Lunatic asylums Bombay report 1878-1890 - 1878-1890
Year: 1878
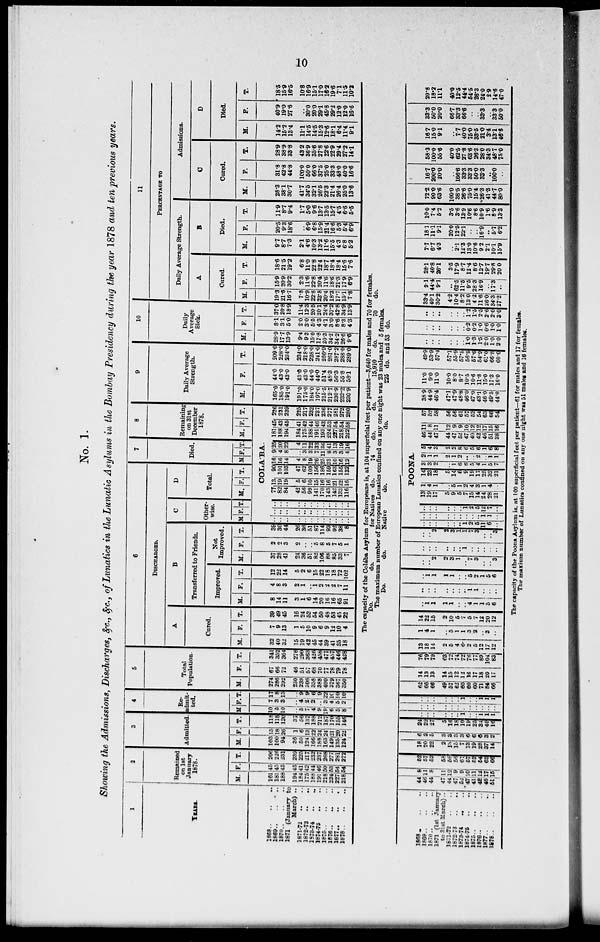
10
No. 1.
Showing the Admissions, Discharges, &c., &c., of Lunatics in the Lunatic Asylums in the Bombay Presidency during the year 1878 and ten previous years.
1
YEARS.
1868 .. .. ..
1869 .. .. ..
1870
..
..
..
1871 (January to
March) ..
1871-72 .. ..
1872-73 .. ..
1873-74 .. ..
1874-75 .. ..
1875
..
..
..
1876
..
..
..
1877 .. .. ..
1878
..
..
..
2
Remained
on 1st
January
1878.
M.
161
181
188
194
184
175
188
191
218
224
227
218
F.
45
45
43
45
41
42
44
46
50
53
54
54
T.
206
226
231
239
225
217
232
237
268
277
281
272
3
Admitted.
M.
103
100
94
36
50
124
166
188
163
149
135
124
F.
15
18
26
1
6
13
22
24
24
21
20
22
T.
118
118
120
37
56
137
187
212
187
170
155
146
4
Re-
admit-
ted.
M.
10
5
10
..
5
7
4
9
19
6
5
8
F.
7
3
3
..
4
2
2
..
3
4
5
2
T.
17
8
13
..
9
9
6
9
22
10
10
10
5
Total
Population.
M.
274
286
292
230
239
306
358
388
400
379
367
350
F.
67
66
72
46
51
57
68
70
77
78
79
78
T.
341
352
364
276
290
363
426
458
477
457
446
428
6
DISCHARGED.
A
Cured.
M.
32
40
32
15
19
42
45
44
39
41
35
18
F.
7
9
13
1
5
10
9
6
9
12
10
4
T.
39
49
45
16
24
52
54
50
48
53
45
22
B
Transferred to Friends.
Improved.
M.
8
14
11
3
1
6
14
20
16
16
65
91
F.
4
8
3
2
1
..
1
2
2
2
7
11
T.
12
22
14
5
2
6
15
22
18
18
72
102
Not
Improved.
M.
37
28
41
24
36
51
82
106
88
85
33
7
F.
2
2
3
2
..
..
5
8
5
7
5
1
T.
39
30
44
26
36
51
87
114
93
92
38
8
C
Other-
wise.
M F. T.
D
Total.
M. F T.
7
Died.
M F. T.
8
Remaining
on 31st
December
1878.
M. F. T.
COLA'BA.
..
..
..
..
..
..
..
..
..
..
..
..
..
..
..
..
..
..
..
..
..
..
..
..
..
..
..
..
..
..
..
..
..
..
..
..
71
82
84
42
56
99
141
170
143
142
133
116
13
19
19
5
6
10
15
16
16
21
22
16
90
101
103
47
62
109
156
186
159
163
155
132
16
16
14
4
8
19
26
25
33
10
16
12
9
4
8
..
3
3
7
11
8
3
3
4
25
20
22
4
11
22
33
36
41
13
19
16
181
188
194
184
175
188
191
193
224
227
218
222
45
43
45
41
42
44
46
43
53
54
54
58
226
231
239
225
217
232
237
236
277
281
272
280
9
Daily Average
Strength.
M.
165.0
185.0
191.0
191.0
175.0
184.0
197.0
215.5
212.7
230.9
232.2
230.9
F.
44.0
43.0
43.0
43.0
43.0
44.0
44.0
51.4
48.3
56.3
55.8
58.1
T.
209.0
228.0
234.0
234.0
218.0
228.0
241.0
266.9
261.0
287.2
288.0
289.0
10
Daily
Average
Sick.
M.
28.9
17.7
13.9
9.4
9.3
15.0
17.8
20.3
34.2
34.2
26.6
9.6
F.
8.1
3.1
5.0
2.0
3.0
5.5
4.3
4.1
3.0
8.6
8.3
4.3
T.
37.0
20.8
18.9
11.4
12.3
20.5
20.1
24.4
37.2
42.8
34.9
13.9
11
PERCENTAGE TO
Daily Average Strength.
A
Cured.
M.
19.3
21.6
16.7
7.8
10.9
22.8
22.8
20.4
18.3
17.7
15.1
7.8
F.
15.9
20.9
30.2
2.3
11.6
22.8
20.4
11.6
18.6
21.3
17.9
6.9
T.
18.6
21.5
19.2
6.8
11.0
22.8
22.4
18.7
18.4
18.4
15.6
7.6
B
Died.
M.
9.7
8.7
7.3
2.1
4.6
10.3
13.2
11.6
15.5
4.3
6.8
5.2
F.
20.5
9.3
18.6
..
6.9
6.8
15.9
21.4
16.6
5.3
5.4
6.9
T.
11.9
8.7
9.4
1.7
5.0
9.6
13.7
13.5
15.7
4.5
6.6
5.5
Admissions.
C
Cured.
M.
28.3
38.1
30.7
41.7
34.5
32.1
26.5
22.3
21.4
26.4
25.0
13.6
F.
31.8
42.8
44.8
100.0
50.0
66.0
37.5
25.0
33.3
48.0
40.0
16.6
T.
28.9
38.9
33.8
43.2
36.9
35.6
27.8
22.6
22.9
29.4
27.2
14.1
D
Died.
M.
14.2
15.2
13.4
11.1
14.5
14.5
15.3
12.6
18.1
6.4
11.4
9.1
F.
40.9
19.0
27.6
..
30.0
20.0
29.1
45.8
29.2
12.0
12.0
16.6
T.
18.5
15.9
16.5
10.8
16.9
15.1
17.0
16.2
19.6
7.1
11.5
10.2
The capacity of the Colába Asylum for Europeans is, at 104 superficial feet per patient—3,640 for males and 70 for females.
Do.
do.
for Natives do.
74
do.
do.
15,910
do.
70
do.
The maximum number of European Lunatics confined on any one night was 23 males and 5 females.
Do.
do.
Native
do.
do.
225 do. and 53 do.
1868 .. .. ..
1869
..
..
..
1870 .. .. ..
1871 (1st January
to 31st March) ..
1871-72 .. ..
1872 73 .. ..
1873-74 .. ..
1874-75 .. ..
1875
..
..
..
1876 .. .. ..
1877
..
..
..
1878 .. .. ..
44
46
44
47
44
47
52 47
41
42
46
51
8
11
8
11
12
9
9
10
11
12
17
15
52
57
52
58
56
56
61
57
52
54
63
66
18
20
22
2
18
15
7
13
19
28
37
14
6
2
5
3
3
3
3
6
6 6
3
2
24
22
27
5
16
18
10
19
25
34
40 16
..
..
..
..
..
..
1
..
..
1
1
1
..
..
..
..
..
..
..
..
..
..
..
..
..
..
..
..
..
..
1
..
..
1
1
1
62
66
66
49
57
62
60
60
60
71
84
66
14
13
13
14
15
12
12
16
17
18
20
17
76
79
79
63
72
74
72
76
77
89
104
83
13
18
14
2
5
4
6
2
5
12
17
12
1
4
1
..
5
1
1
3
2
..
3
..
14
22
15
2
10
5
7
5
7
12
20
12
..
1
1
1
1
..
..
4
1
1
5
6
..
..
..
..
..
..
..
1
1
..
..
..
..
1
1
1
1
..
..
5
2
1
5
6
..
..
2
2
3
1
..
7
3
..
.. 3
..
..
..
..
..
..
1
..
..
..
..
..
..
..
2
2
3
1
1
7
3
..
.. 3
POONA.
..
..
..
..
..
..
1
2
5 11
6
..
..
..
..
..
..
..
..
..
..
1
1
..
..
..
..
..
..
..
1
2
5
12
7
..
13
19
17
5
9
5
7
15
14
24
28
21
1
4
1
..
5
1
2
4
3
1
4
..
14
23
18
5
14
6
9
19
17
25
32
21
3
3
2
..
1
6
6
5
4
1
5
7
2
1
1
2
1
2
..
..
2
..
1
1
5
4
3
2
2
8
6
5
6
1
6
8
46
44
47
44
47
52
47
40
42
46
51
38
11
8
11
12
9
9
10
12
12
17
15
16
57
52
58
56
56
61
57
52
54
63
66
54
38.9
44.9
46.4
47.1
47.9
48.8
46.0
47.0
43.1
46.0
49.5
44.0
11.0
9.0
11.0
10.0
8.0
8.7
10.5
10.6
11.8
15.0
17.3
16.0
49.9
53.9
57.4
57.1
55.9
57.1
56.5
57.6
54.9
61.0
66.8 60.0
..
..
..
..
..
..
1.0
1.3
1.5
2.0
1.0
2.0
..
..
..
..
..
..
0.2
0.2
1.0
0.6
1.0
1.0
..
..
..
..
..
..
1.2
1.5
2.5
2.6
2.0
3.0
33.4
40.1
30.2
4.2
10.4
8.2
13.0
4.2
11.6
26.0
34.3
27.2
9.1
44.4
9.1
..
62.5
11.5
9.5
28.3
16.9
..
17.3
..
28.1
40.8
26.1
3.5
17.9
8.7
12.4
8.6
12.7
19.7
29.8
20.0
7.7
6.7
4.3
..
2.1
12.3
13.0
10.6
9.2
2.1
10.1
15.9
18.1
11.1
9.1
20.0
12.5
22.1
..
..
16.9
..
5.7
6.2
10.0
7.4
5.2
3.5
3.6
13.9
10.6
8.6
10.9
1.6
8.9
13.3
72.2
90.0
63.6
100.0
38.5
26.6
75.0
15.4
26.3
41.3
44.7
80.0
16.7
200.0
20.0
..
166.6
33.3
33.3
50.0
33.3
..
100.0
..
58.3
100.0
55.6
40.0
62.5
27.8
63.6
26.3
28.0
34.3
48.7
75.0
16.7
15.0
9.1
..
7.7
40.0
75.0
33.5
21.0
3.4
13.1
46.6
33.3
50.0
20.0
66.7
33.3
66.6
..
..
33.3
..
33.3
50.0
20.8
18.2
11.1
40.0
12.5
44.4
54.5
26.3
24.0
2.9
14.6
47.0
The capacity of the Poona Asylum is, at 100 superficial feet per patient—61 for males and 17 for females.
The maxium number of Lunatics confined on any one night was 51 males and 16 females.